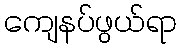
ကျေနပ်ဖွယ်ရာ